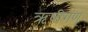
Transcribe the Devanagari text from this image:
ऋषीगण